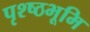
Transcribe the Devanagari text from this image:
पृश्ष्‍ठभूमि